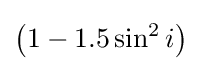
\left(1-1.5\sin ^{2}i\right)